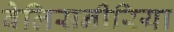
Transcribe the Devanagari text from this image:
वेलिसनीरिया